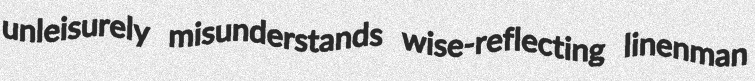
unleisurely misunderstands wise-reflecting linenman